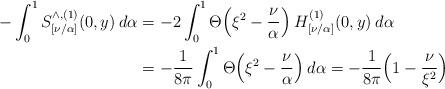
LaTeX: \begin{align*}-\int_0^1 S^{\wedge, (1)}_{[\nu/\alpha]}(0,y) \:d\alpha&= -2 \int_0^1 \Theta\Big(\xi^2- \frac{\nu}{\alpha} \Big) \:H^{(1)}_{[\nu/\alpha]}(0,y) \:d\alpha \\&= -\frac{1}{8 \pi} \int_0^1 \Theta\Big(\xi^2- \frac{\nu}{\alpha} \Big) \:d\alpha= -\frac{1}{8 \pi} \Big( 1 - \frac{\nu}{\xi^2} \Big)\end{align*}